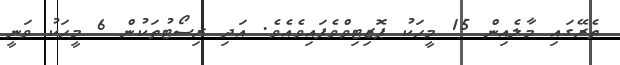
ތެރޭގައި މާލެއިން 15 މީހަކު ޕޮޒިޓިވްވެފައިވެއެވެ. އަދި ރިސޯޓުތަކުން 6 މީހަކު ވަނީ